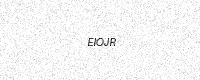
Text: EIOJR